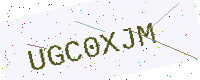
Text: UGC0XJM